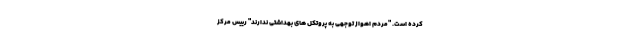
کرده است. "مردم اهواز توجهی به پروتکل های بهداشتی ندارند" رییس مرکز